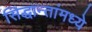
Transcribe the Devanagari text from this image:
सिद्धान्तांमध्ये